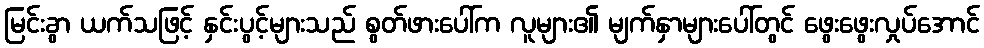
မြင်းခွာ ယက်သဖြင့် နှင်းပွင့်များသည် စွတ်ဖားပေါ်က လူများ၏ မျက်နှာများပေါ်တွင် ဖွေးဖွေးလှုပ်အောင်